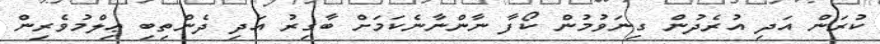
ކުރަން އަދި އުރެދުން ގިނަވުމުން ކޯފާ ނާންނާނެކަމަށް ބާގިރު އަދި ދެންތިބި ޢިލްމުވެރިން